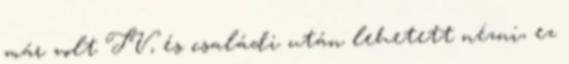
már volt TV, és családi után lehetett nézni, ez